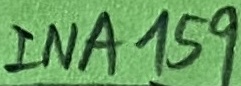
Text: INA159